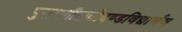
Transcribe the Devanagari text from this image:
पुराणगीतकोदण्डविद्यार्णव